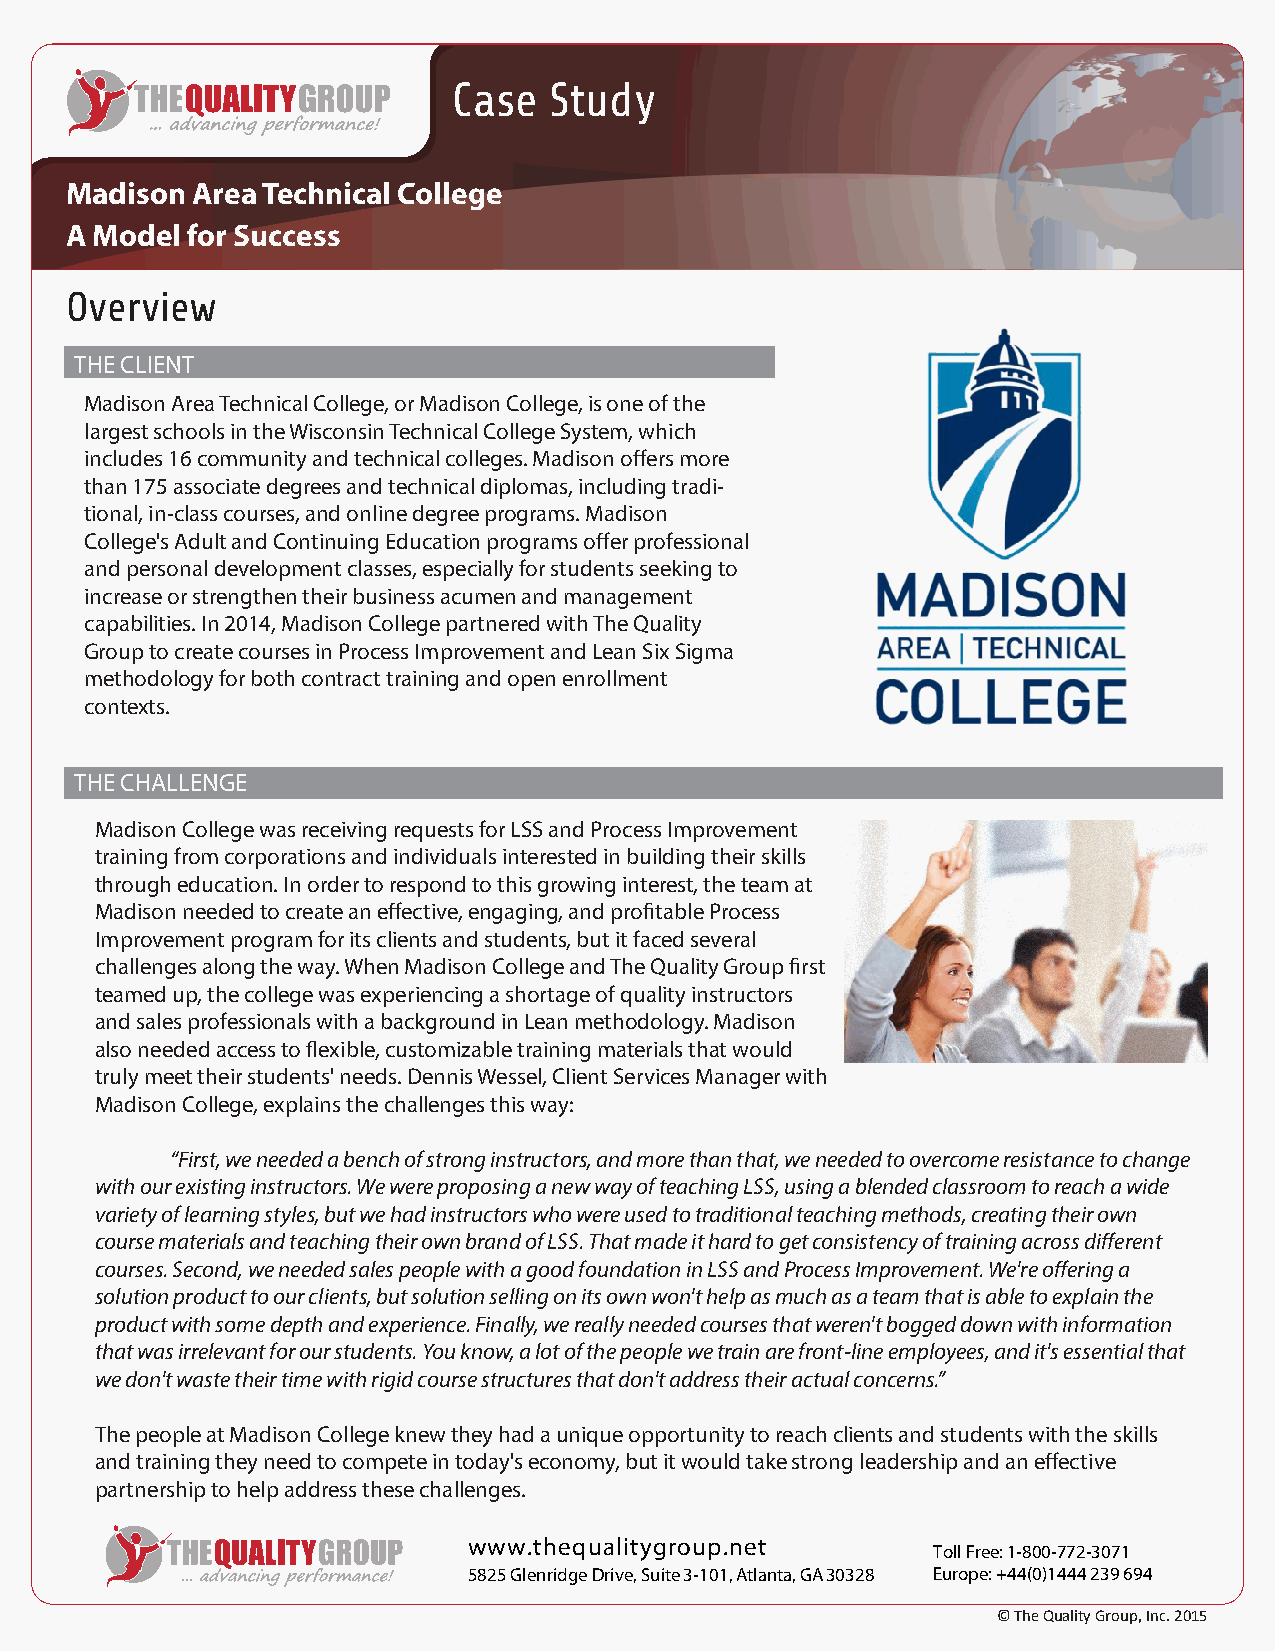
Case  Study
 Madison  Area Technical College
 A Model for Success
 Overview
 THE CLIENT
 Madison Area Technical College, or Madison College, is one of the
 largest schools in the Wisconsin Technical College System, which
 includes 16 community and technical colleges. Madison offers more
 than 175 associate degrees and technical diplomas, including tradi-
 tional, in-class courses, and online degree programs. Madison
 College's Adult and Continuing Education programs offer professional
 and personal development classes, especially for students seeking to
 increase or strengthen their business acumen and management
 capabilities. In 2014, Madison College partnered with The Quality
 Group to create courses in Process Improvement and Lean Six Sigma
 methodology for both contract training and open enrollment
 contexts.
 THE CHALLENGE
 Madison College was receiving requests for LSS and Process Improvement
 training from corporations and individuals interested in building their skills
 through education. In order to respond to this growing interest, the team at
 Madison needed to create an effective, engaging, and profitable Process
 Improvement program for its clients and students, but it faced several
 challenges along the way. When Madison College and The Quality Group first
 teamed up, the college was experiencing a shortage of quality instructors
 and sales professionals with a background in Lean methodology. Madison
 also needed access to flexible, customizable training materials that would
 truly meet their students' needs. Dennis Wessel, Client Services Manager with
 Madison College, explains the challenges this way:
 “First, we needed a bench of strong instructors, and more than that, we needed to overcome resistance to change
 with our existing instructors. We were proposing a new way of teaching LSS, using a blended classroom to reach a wide
 variety of learning styles, but we had instructors who were used to traditional teaching methods, creating their own
 course materials and teaching their own brand of LSS. That made it hard to get consistency of training across different
 courses. Second, we needed sales people with a good foundation in LSS and Process Improvement. We're offering a
 solution product to our clients, but solution selling on its own won't help as much as a team that is able to explain the
 product with some depth and experience. Finally, we really needed courses that weren't bogged down with information
 that was irrelevant for our students. You know, a lot of the people we train are front-line employees, and it's essential that
 we don't waste their time with rigid course structures that don't address their actual concerns.”
 The people at Madison College knew they had a unique opportunity to reach clients and students with the skills
 and training they need to compete in today's economy, but it would take strong leadership and an effective
 partnership to help address these challenges.
 www.thequalitygroup.net
 Toll Free: 1-800-772-3071
 5825 Glenridge Drive, Suite 3-101, Atlanta, GA 30328 Europe: +44(0)1444 239 694
 © The Quality Group, Inc. 2015